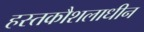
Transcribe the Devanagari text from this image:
हस्तकौशलाधीन